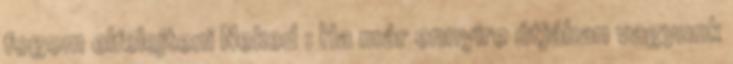
fogom elfelejteni Neked : Ha már ennyire útjában vagyunk